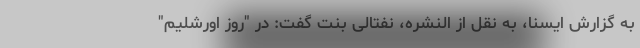
به گزارش ایسنا، به نقل از النشره، نفتالی بنت گفت: در "روز اورشلیم"